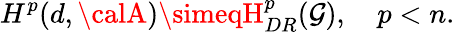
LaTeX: H^{p}(d,{\calA})\simeqH_{DR}^{p}(\mathcal{G}),\ \ \ \ p<n.